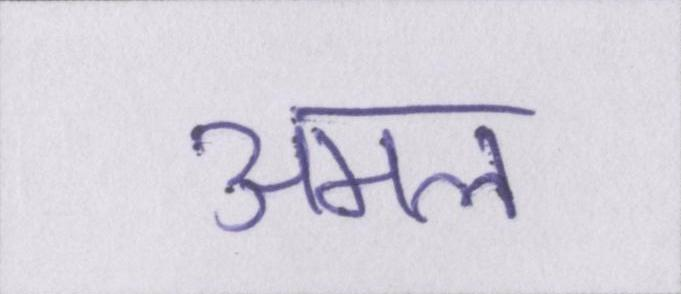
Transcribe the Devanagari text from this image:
अमल